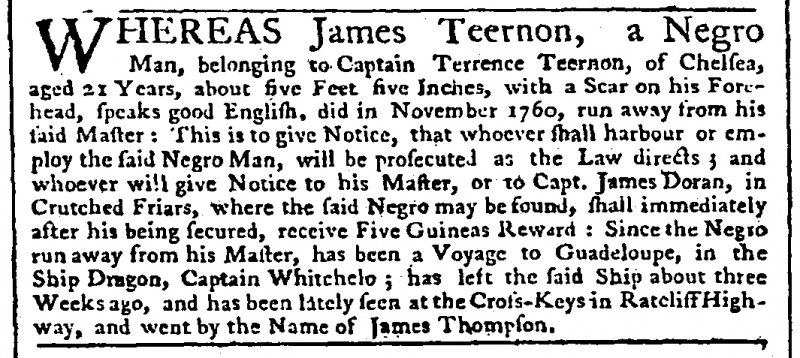
Public Advertiser, 11 November 1761 (England)
WHEREAS James Teernon, a Negro Man, belonging to Captain Terrence Teernon, of Chelsea, aged 21 Years, about five Feet five Inches, with a Scar on his Forehead, speaks good English, did in November 1760, run away from his said Master: This is to give Notice, that whoever shall harbour or employ the said Negro Man will be prosecuted as the Law directs; and whoever will give Notice to his Master, or to Capt. James Doran, in Crutched Friars, where the said Negro may be found, shall immediately after his being secured, receive Five Guineas Reward: Since the Negro run away from his Master, has been a Voyage to Guadeloupe, in the Ship Dragon, Captain Whitchelo; has left said Ship about three Weeks ago, and has been lately seen at the Cross-Keys in Ratcliff Highway, and went by the name of James Thompson.